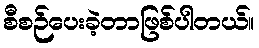
စီစဉ်ပေးခဲ့တာဖြစ်ပါတယ်။